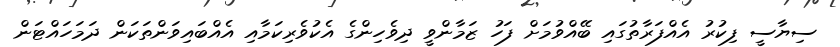
ސިޔާސީ ފިކުރު އެއްފަރާތުގައި ބޭއްވުމަށް ފަހު ޒަމާންވީ ދިވެހިންގެ އެކުވެރިކަމާއި އެއްބައިވަންތަކަން ދަމަހައްޓަން